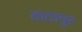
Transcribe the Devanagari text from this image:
ठाठापुर